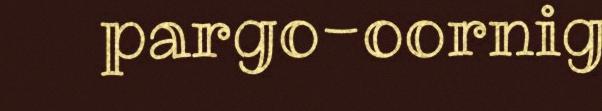
pargo-oornig